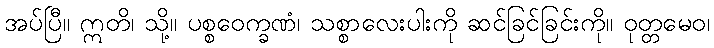
အပ်ပြီ။ ဣတိ၊ သို့။ ပစ္စဝေက္ခဏံ၊ သစ္စာလေးပါးကို ဆင်ခြင်ခြင်းကို။ ဝုတ္တမေဝ၊